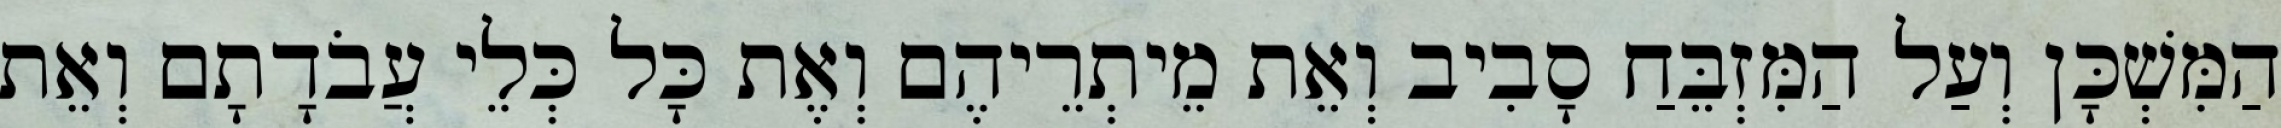
הַמִּשְׁכָּן וְעַל הַמִּזְבֵּחַ סָבִיב וְאֵת מֵיתְרֵיהֶם וְאֶת כָּל כְּלֵי עֲבֹדָתָם וְאֵת